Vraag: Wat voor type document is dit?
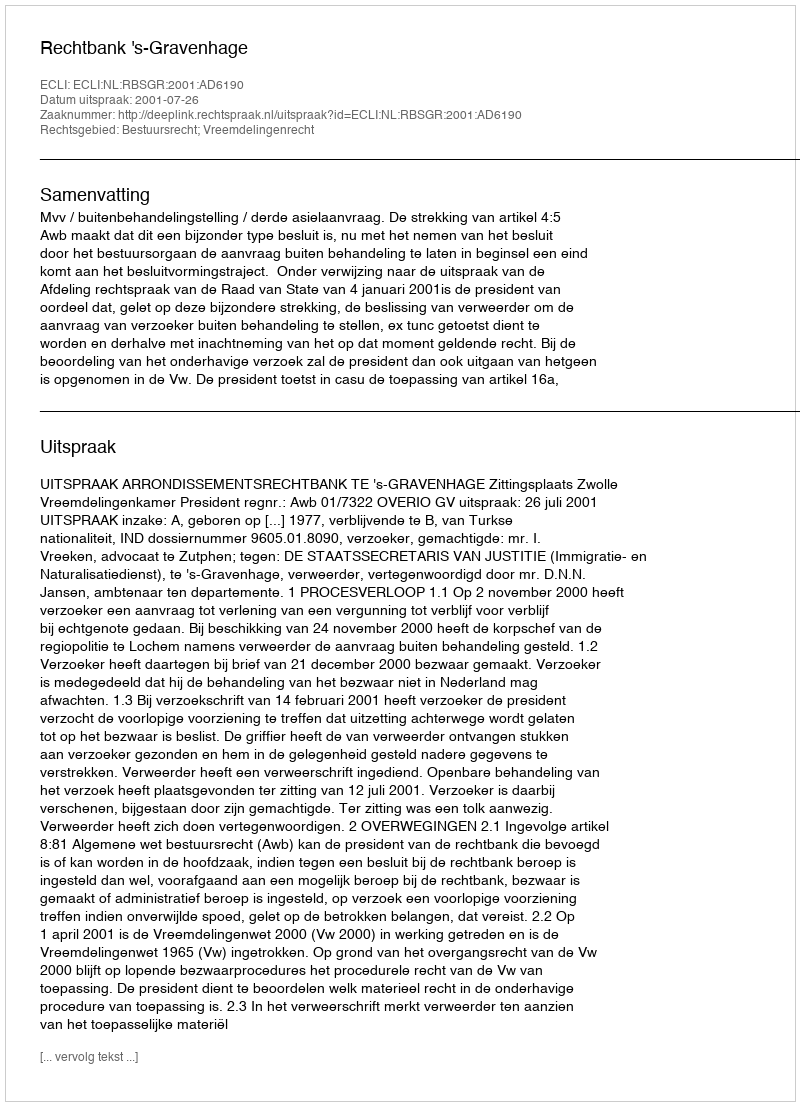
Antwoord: Uitspraak